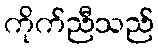
ကိုက်ညီသည်